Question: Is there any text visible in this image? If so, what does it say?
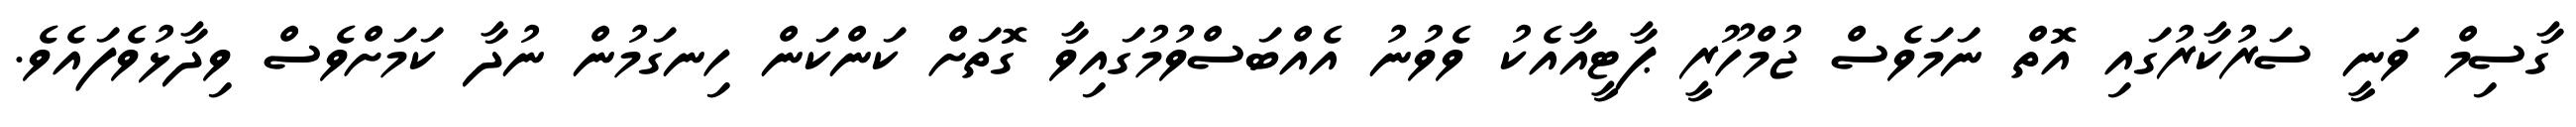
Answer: ގާސިމް ވަނީ ސަރުކާރުގައި އޮތް ނަމަވެސް ޖުމްހޫރީ ޕާޓީއާއެކު ވެވުނު އެއްބަސްވުމުގައިވާ ގޮތަށް ކަންކަން ހިނގަމުން ނުދާ ކަމަށްވެސް ވިދާޅުވެފައެވެ.